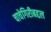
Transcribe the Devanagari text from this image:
चाचेगिरीबद्दल